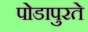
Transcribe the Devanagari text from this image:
पोडापुरते